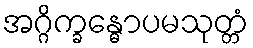
အဂ္ဂိက္ခန္ဓောပမသုတ္တံ